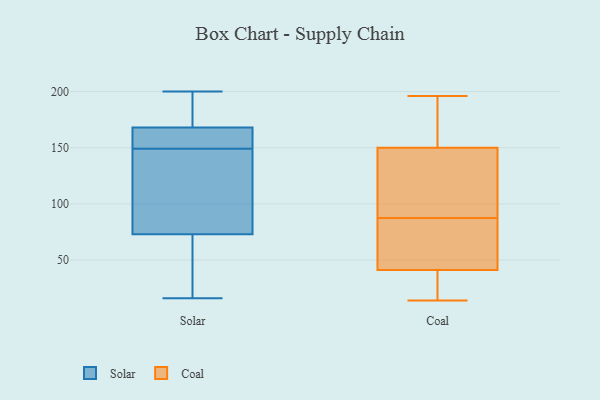
{"axis": {"x": "Production Output", "y": "Value"}, "legend": ["Coal", "Solar"], "data": [{"x": "", "y": 102, "type": "Solar"}, {"x": "", "y": 84, "type": "Solar"}, {"x": "", "y": 195, "type": "Solar"}, {"x": "", "y": 33, "type": "Solar"}, {"x": "", "y": 158, "type": "Solar"}, {"x": "", "y": 16, "type": "Solar"}, {"x": "", "y": 156, "type": "Solar"}, {"x": "", "y": 154, "type": "Solar"}, {"x": "", "y": 200, "type": "Solar"}, {"x": "", "y": 20, "type": "Solar"}, {"x": "", "y": 131, "type": "Solar"}, {"x": "", "y": 197, "type": "Solar"}, {"x": "", "y": 178, "type": "Solar"}, {"x": "", "y": 153, "type": "Solar"}, {"x": "", "y": 62, "type": "Solar"}, {"x": "", "y": 145, "type": "Solar"}, {"x": "", "y": 41, "type": "Coal"}, {"x": "", "y": 63, "type": "Coal"}, {"x": "", "y": 130, "type": "Coal"}, {"x": "", "y": 112, "type": "Coal"}, {"x": "", "y": 150, "type": "Coal"}, {"x": "", "y": 196, "type": "Coal"}, {"x": "", "y": 36, "type": "Coal"}, {"x": "", "y": 14, "type": "Coal"}, {"x": "", "y": 168, "type": "Coal"}, {"x": "", "y": 58, "type": "Coal"}]}